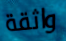
واثقة